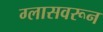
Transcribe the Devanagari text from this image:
ग्लासवरून